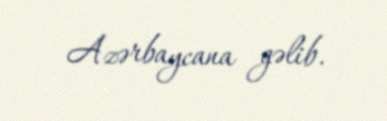
Azərbaycana gəlib.